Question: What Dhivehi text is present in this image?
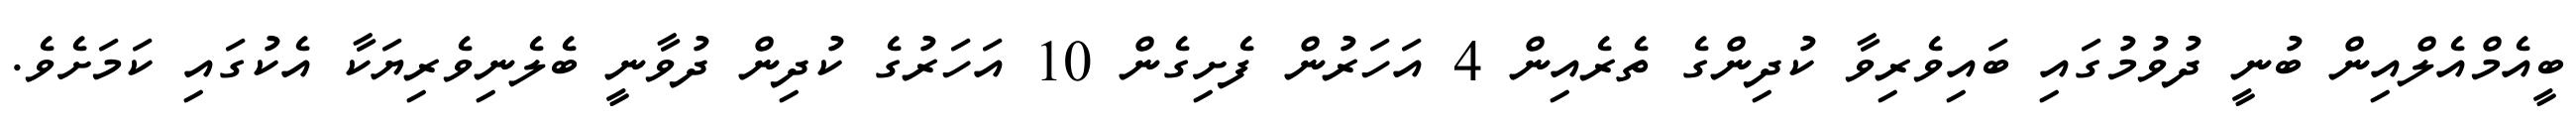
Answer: ބީއެމްއެލްއިން ބުނީ ދުވުމުގައި ބައިވެރިވާ ކުދިންގެ ތެރެއިން 4 އަހަރުން ފެށިގެން 10 އަހަރުގެ ކުދިން ދުވާނީ ބެލެނިވެރިޔަކާ އެކުގައި ކަމަށެވެ.